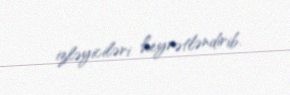
izləyiciləri heyrətləndirib.